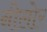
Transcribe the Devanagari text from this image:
नीलोर